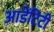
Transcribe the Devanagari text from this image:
आडेंटिटी